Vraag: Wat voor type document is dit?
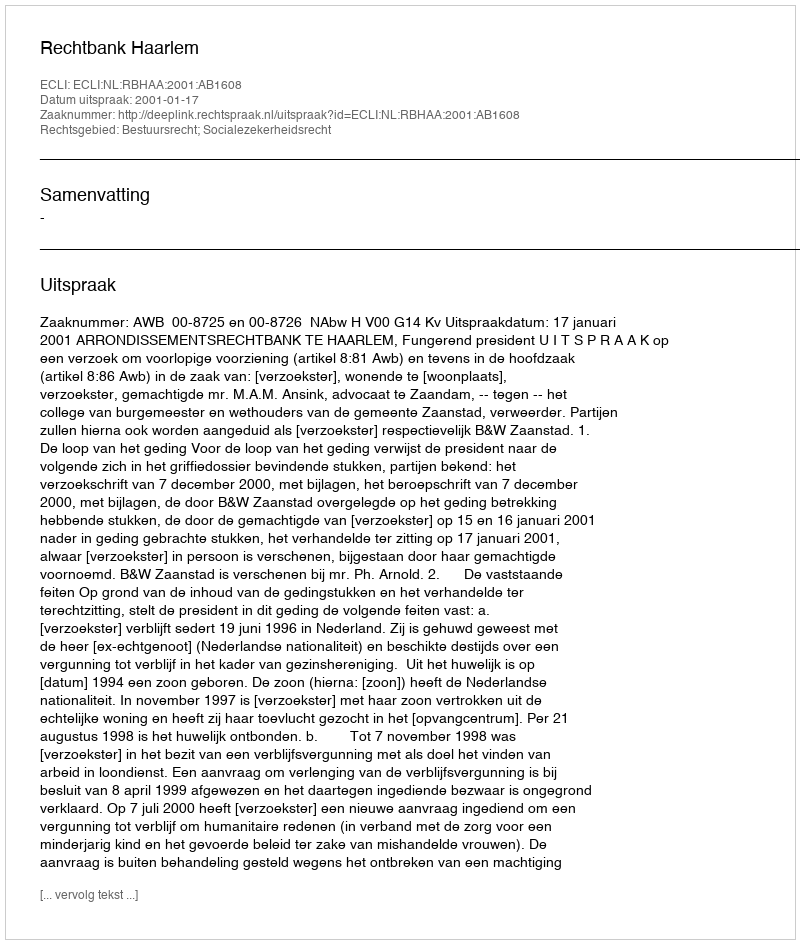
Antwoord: Uitspraak